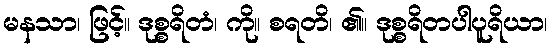
မနသာ၊ ဖြင့်။ ဒုစ္စရိတံ၊ ကို။ စရတိ၊ ၏။ ဒုစ္စရိတပါပူရိယာ၊